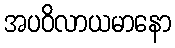
အပဝိလာယမာနော